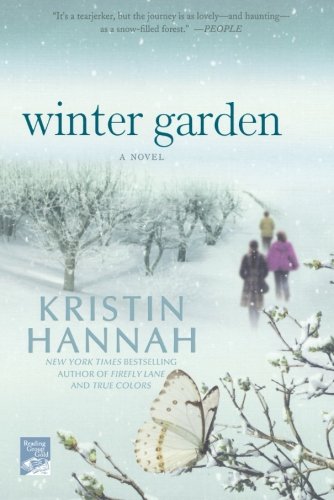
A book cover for Winter Garden; Kristin Hannah; Literature & Fiction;